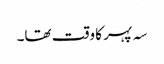
سہ پہر کا وقت تھا۔